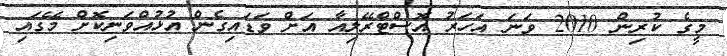
މީގެ ކުރިން 2010 ވަނަ އަހަރު އޮސްޓްރޭލިއާ އަށް ވަޑައިގެން އުޅުއްވަނިކޮށް މޭގައި